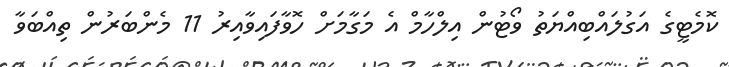
ކޮމެޓީގެ އަގުލައްބިއްޔަތު ވޯޓުން އިލްހާމް އެ މަގާމަށް ހޮވާފައިވާއިރު 11 މެންބަރުން ތިއްބަވާ